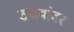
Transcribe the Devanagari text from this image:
ठरावांवर